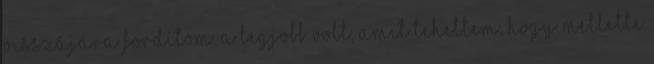
visszájára fordítom. A legjobb volt, amit tehettem, hogy mellette